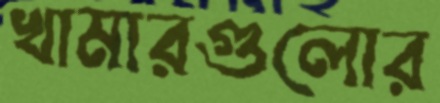
খামারগুলোর